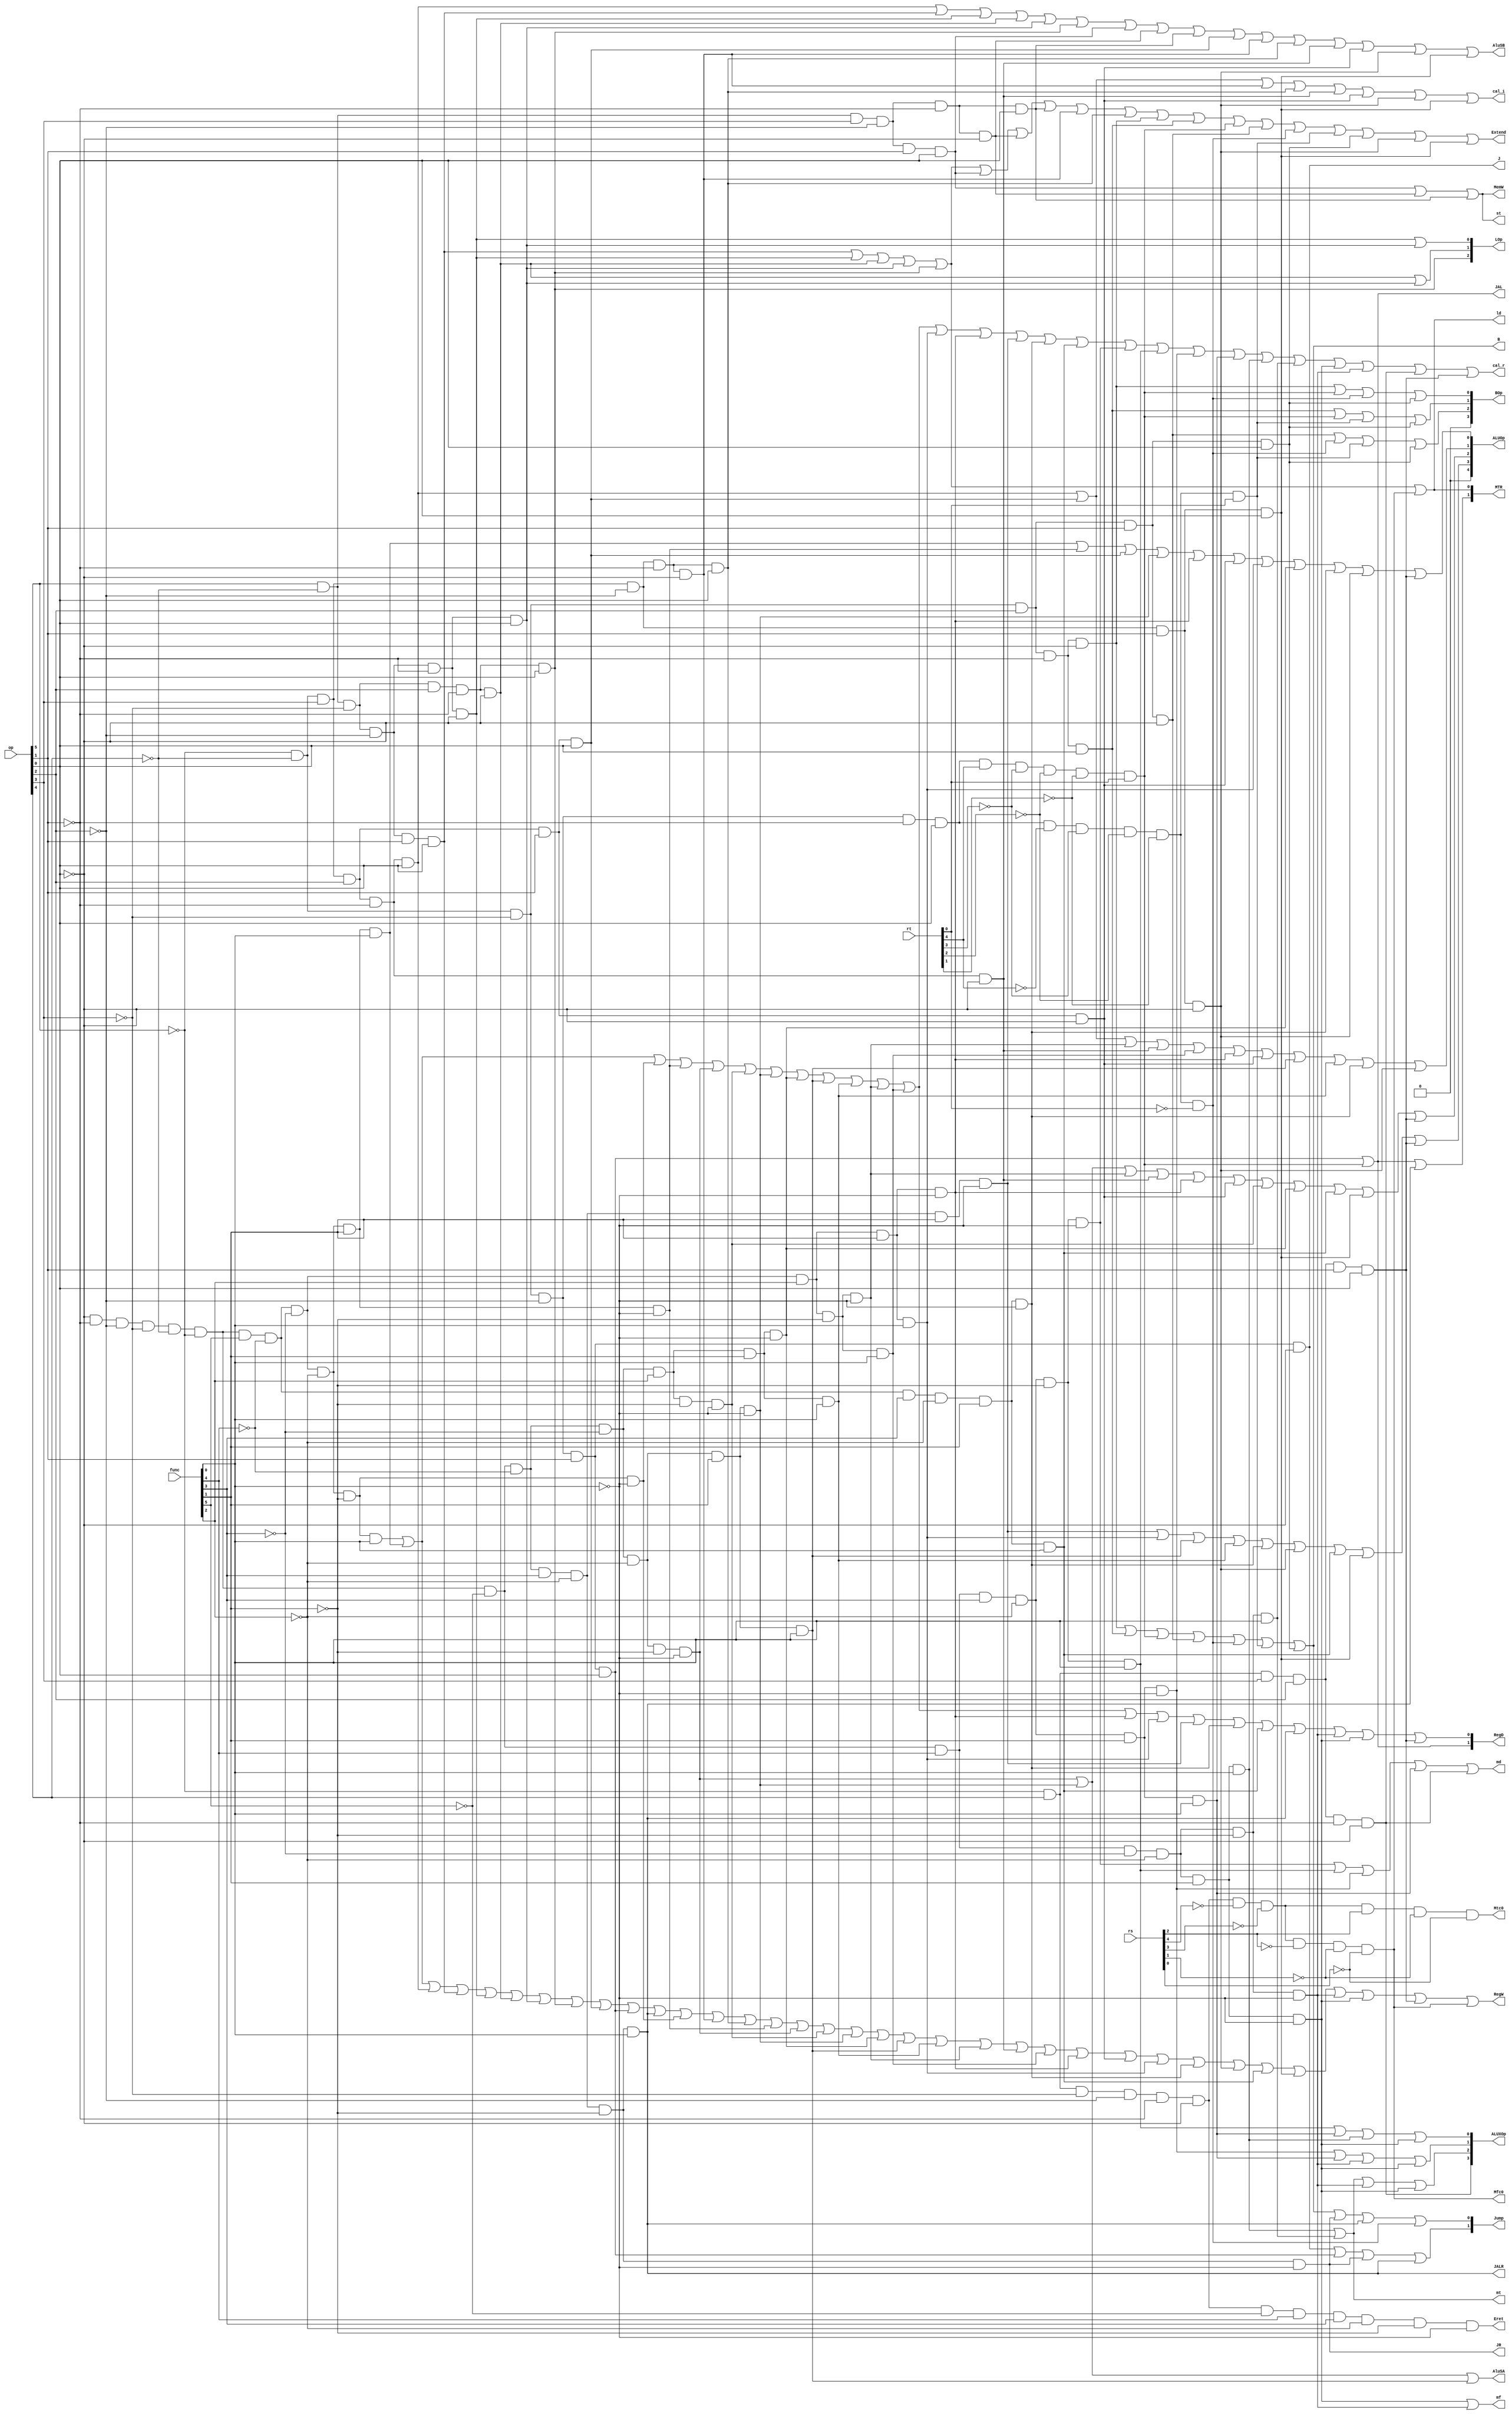
`timescale 1ns / 1ps
//////////////////////////////////////////////////////////////////////////////////
// Company: 
// Engineer: 
// 
// Design Name: 
// Module Name:    controller 
// Project Name: 
// Target Devices: 
// Tool versions: 
// Description: 
//
// Dependencies: 
//
// Revision: 
// Revision 0.01 - File Created
// Additional Comments: 
//
//////////////////////////////////////////////////////////////////////////////////
module controller(
    input [5:0] op,
	 input [4:0] rs,
	 input [4:0] rt,
    input [5:0] func,
    output [1:0] RegD,
	 output AluSA,
    output AluSB,
    output [1:0] MTR,
    output RegW,
    output MemW,
    output [1:0] Jump,
	 output Extend,
    output [4:0] ALUOp,
	 output [3:0] ALUXOp,
	 output [3:0] BOp,
	 output [2:0] LOp,
	 output cal_r,
	 output cal_i,
	 output B,
	 output ld,
	 output st,
	 output md,
	 output mf,
	 output mt,
	 output Mfc0,
	 output Mtc0,
	 output Eret,
	 output J,
	 output JAL,
	 output JALR,
	 output JR
    );
	 
	 wire addu,subu,lui,add,addiu,sub,sll,srl,sra,sllv,srlv,srav,And,Or,Xor,Nor,movz,slt,sltu,seb;
	 wire ori,addi,andi,xori,slti,sltiu;
	 wire sw,sb,sh,lw,lb,lbu,lh,lhu;
	 wire beq,bne,bgezal,blez,bltz,bgtz,bgez,j,jal,jalr,jr;
	 wire mult,multu,div,divu,mfhi,mflo,mthi,mtlo,madd;
	 wire mfc0,mtc0,eret;
	 
	 assign addu=~op[0]&~op[1]&~op[2]&~op[3]&~op[4]&~op[5]&func[5]&~func[4]&~func[3]&~func[2]&~func[1]&func[0];
	 assign add=~op[0]&~op[1]&~op[2]&~op[3]&~op[4]&~op[5]&func[5]&~func[4]&~func[3]&~func[2]&~func[1]&~func[0];
	 
	 assign subu=~op[0]&~op[1]&~op[2]&~op[3]&~op[4]&~op[5]&func[5]&~func[4]&~func[3]&~func[2]&func[1]&func[0];
	 assign sub=~op[0]&~op[1]&~op[2]&~op[3]&~op[4]&~op[5]&func[5]&~func[4]&~func[3]&~func[2]&func[1]&~func[0];
	 
	 assign addi=~op[5]&~op[4]&op[3]&~op[2]&~op[1]&~op[0];
	 assign addiu=~op[5]&~op[4]&op[3]&~op[2]&~op[1]&op[0];
	 
	 assign And=~op[0]&~op[1]&~op[2]&~op[3]&~op[4]&~op[5]&func[5]&~func[4]&~func[3]&func[2]&~func[1]&~func[0];
	 assign andi=~op[5]&~op[4]&op[3]&op[2]&~op[1]&~op[0];
	 
	 assign Or=~op[0]&~op[1]&~op[2]&~op[3]&~op[4]&~op[5]&func[5]&~func[4]&~func[3]&func[2]&~func[1]&func[0];
	 assign ori=~op[5]&~op[4]&op[3]&op[2]&~op[1]&op[0];

	 assign Xor=~op[0]&~op[1]&~op[2]&~op[3]&~op[4]&~op[5]&func[5]&~func[4]&~func[3]&func[2]&func[1]&~func[0];
	 assign xori=~op[5]&~op[4]&op[3]&op[2]&op[1]&~op[0];
	 
	 assign Nor=~op[0]&~op[1]&~op[2]&~op[3]&~op[4]&~op[5]&func[5]&~func[4]&~func[3]&func[2]&func[1]&func[0];
	 
	 assign sll=~op[0]&~op[1]&~op[2]&~op[3]&~op[4]&~op[5]&~func[5]&~func[4]&~func[3]&~func[2]&~func[1]&~func[0];
	 assign sllv=~op[0]&~op[1]&~op[2]&~op[3]&~op[4]&~op[5]&~func[5]&~func[4]&~func[3]&func[2]&~func[1]&~func[0];
	 
	 assign srl=~op[0]&~op[1]&~op[2]&~op[3]&~op[4]&~op[5]&~func[5]&~func[4]&~func[3]&~func[2]&func[1]&~func[0];
	 assign srlv=~op[0]&~op[1]&~op[2]&~op[3]&~op[4]&~op[5]&~func[5]&~func[4]&~func[3]&func[2]&func[1]&~func[0];
	 
	 assign sra=~op[0]&~op[1]&~op[2]&~op[3]&~op[4]&~op[5]&~func[5]&~func[4]&~func[3]&~func[2]&func[1]&func[0];
	 assign srav=~op[0]&~op[1]&~op[2]&~op[3]&~op[4]&~op[5]&~func[5]&~func[4]&~func[3]&func[2]&func[1]&func[0];
	 
	 assign slt=~op[0]&~op[1]&~op[2]&~op[3]&~op[4]&~op[5]&func[5]&~func[4]&func[3]&~func[2]&func[1]&~func[0];
	 assign slti=~op[5]&~op[4]&op[3]&~op[2]&op[1]&~op[0];
	 
	 assign sltu=~op[0]&~op[1]&~op[2]&~op[3]&~op[4]&~op[5]&func[5]&~func[4]&func[3]&~func[2]&func[1]&func[0];
	 assign sltiu=~op[5]&~op[4]&op[3]&~op[2]&op[1]&op[0];
	 
	 assign movz=~op[0]&~op[1]&~op[2]&~op[3]&~op[4]&~op[5]&~func[5]&~func[4]&func[3]&~func[2]&func[1]&~func[0];
	 
	 assign seb=~op[5]&op[4]&op[3]&op[2]&op[1]&op[0];
	 	 
	 assign lw=op[5]&~op[4]&~op[3]&~op[2]&op[1]&op[0];
	 assign lb=op[5]&~op[4]&~op[3]&~op[2]&~op[1]&~op[0];
	 assign lbu=op[5]&~op[4]&~op[3]&op[2]&~op[1]&~op[0];
	 assign lh=op[5]&~op[4]&~op[3]&~op[2]&~op[1]&op[0];
	 assign lhu=op[5]&~op[4]&~op[3]&op[2]&~op[1]&op[0];
	 
	 assign sw=op[5]&~op[4]&op[3]&~op[2]&op[1]&op[0];
	 assign sb=op[5]&~op[4]&op[3]&~op[2]&~op[1]&~op[0];
	 assign sh=op[5]&~op[4]&op[3]&~op[2]&~op[1]&op[0];
	 
	 assign beq=~op[5]&~op[4]&~op[3]&op[2]&~op[1]&~op[0];
	 assign bne=~op[5]&~op[4]&~op[3]&op[2]&~op[1]&op[0];
	 assign blez=~op[5]&~op[4]&~op[3]&op[2]&op[1]&~op[0];
	 assign bltz=~op[5]&~op[4]&~op[3]&~op[2]&~op[1]&op[0]&~rt[4]&~rt[3]&~rt[2]&~rt[1]&~rt[0];
	 assign bgez=~op[5]&~op[4]&~op[3]&~op[2]&~op[1]&op[0]&~rt[4]&~rt[3]&~rt[2]&~rt[1]&rt[0];
	 assign bgtz=~op[5]&~op[4]&~op[3]&op[2]&op[1]&op[0];
	 assign bgezal=~op[5]&~op[4]&~op[3]&~op[2]&~op[1]&op[0]&rt[4]&~rt[3]&~rt[2]&~rt[1]&rt[0];
	 
	 assign lui=~op[5]&~op[4]&op[3]&op[2]&op[1]&op[0];
	 
	 assign j=~op[5]&~op[4]&~op[3]&~op[2]&op[1]&~op[0];
	 assign jal=~op[5]&~op[4]&~op[3]&~op[2]&op[1]&op[0];
	 assign jr=~op[0]&~op[1]&~op[2]&~op[3]&~op[4]&~op[5]&~func[5]&~func[4]&func[3]&~func[2]&~func[1]&~func[0];
	 assign jalr=~op[0]&~op[1]&~op[2]&~op[3]&~op[4]&~op[5]&~func[5]&~func[4]&func[3]&~func[2]&~func[1]&func[0];
	 
	 assign mult=~op[0]&~op[1]&~op[2]&~op[3]&~op[4]&~op[5]&~func[5]&func[4]&func[3]&~func[2]&~func[1]&~func[0];
	 assign multu=~op[0]&~op[1]&~op[2]&~op[3]&~op[4]&~op[5]&~func[5]&func[4]&func[3]&~func[2]&~func[1]&func[0];
	 assign div=~op[0]&~op[1]&~op[2]&~op[3]&~op[4]&~op[5]&~func[5]&func[4]&func[3]&~func[2]&func[1]&~func[0];
	 assign divu=~op[0]&~op[1]&~op[2]&~op[3]&~op[4]&~op[5]&~func[5]&func[4]&func[3]&~func[2]&func[1]&func[0];
	 assign mfhi=~op[0]&~op[1]&~op[2]&~op[3]&~op[4]&~op[5]&~func[5]&func[4]&~func[3]&~func[2]&~func[1]&~func[0];
	 assign mflo=~op[0]&~op[1]&~op[2]&~op[3]&~op[4]&~op[5]&~func[5]&func[4]&~func[3]&~func[2]&func[1]&~func[0];
	 assign mthi=~op[0]&~op[1]&~op[2]&~op[3]&~op[4]&~op[5]&~func[5]&func[4]&~func[3]&~func[2]&~func[1]&func[0];
	 assign mtlo=~op[0]&~op[1]&~op[2]&~op[3]&~op[4]&~op[5]&~func[5]&func[4]&~func[3]&~func[2]&func[1]&func[0];
	 assign madd=~op[5]&op[4]&op[3]&op[2]&~op[1]&~op[0];
	 
	 assign eret=~op[5]&op[4]&~op[3]&~op[2]&~op[1]&~op[0]&~func[5]&func[4]&func[3]&~func[2]&~func[1]&~func[0];
	 assign mfc0=~op[5]&op[4]&~op[3]&~op[2]&~op[1]&~op[0]&~rs[4]&~rs[3]&~rs[2]&~rs[1]&~rs[0];
	 assign mtc0=~op[5]&op[4]&~op[3]&~op[2]&~op[1]&~op[0]&~rs[4]&~rs[3]&rs[2]&~rs[1]&~rs[0];
	 
	 
	 assign RegD[0]=addu|subu|add|sub|sll|sllv|srl|srlv|sra|srav|And|Or|Xor|Nor|movz|slt|sltu|jalr|mfhi|mflo|seb;   // 00-rt 01-rd 10-31
	 assign RegD[1]=jal|bgezal;
	 assign RegW=addu|subu|ori|lw|lb|lbu|lh|lhu|lui|jal|jalr|add|addi|addiu|sub|sll|sllv|srl|srlv|sra|srav|And|andi|Or|Xor|xori|Nor|
	             slt|slti|sltu|sltiu|mfhi|mflo|seb|mfc0;
	 
	 assign MemW=sw|sb|sh;
	 assign AluSA=sll|srl|sra;
	 assign AluSB=ori|lw|lb|lbu|lh|lhu|sw|sb|sh|lui|addi|addiu|andi|xori|slti|sltiu;
	 assign Extend=lw|lb|lbu|lh|lhu|sw|sb|sh|addi|addiu|beq|bne|bgezal|blez|bltz|bgez|bgtz|slti|sltiu;
	 assign MTR[0]=lw|lb|lbu|lh|lhu|mfc0;
	 assign MTR[1]=jal|bgezal|jalr;
	 assign Jump[0]=beq|bne|bgezal|blez|bltz|bgez|bgtz|jr|jalr|bltz;
	 assign Jump[1]=j|jal|jr|jalr;
	 assign ALUOp[0]=subu|sub|lui|srl|Xor|xori|Nor|srlv|slt|slti|seb;
	 assign ALUOp[1]=ori|lui|And|andi|Or|Xor|xori|sra|srav|slt|slti;
	 assign ALUOp[2]=sll|srl|And|andi|Xor|xori|sllv|srlv|sltu|sltiu|seb;
	 assign ALUOp[3]=movz|Nor|sra|srav|slt|slti|sltu|sltiu|seb;
	 assign ALUOp[4]=0;
	 assign md=mult|multu|div|divu|madd;
	 assign mt=mtlo|mthi;
	 assign mf=mflo|mfhi;
	 assign ALUXOp[0]=multu|divu|mtlo|mflo;   //000-mult 001-multu 010-div 011-divu 100-mthi 101-mtlo 110-mfhi 111-mflo
	 assign ALUXOp[1]=div|divu|mfhi|mflo;
	 assign ALUXOp[2]=mthi|mtlo|mfhi|mflo;
	 assign ALUXOp[3]=madd;
	 assign BOp[0]=beq|bgezal|bltz|bgtz;    //BOp: 0001-beq 0010-bne 0011-bgezal  0100-blez 0101-bltz 0110-bgez 0111-bgtz
	 assign BOp[1]=bne|bgezal|bgez|bgtz;
	 assign BOp[2]=blez|bltz|bgez|bgtz;
	 assign BOp[3]=0;
	 assign LOp[0]=lb|lh;       //000-lw 001-lb 010-lbu 011-lh 100-lhu
	 assign LOp[1]=lbu|lh;
	 assign LOp[2]=lhu;
	 assign cal_r=addu|subu|add|sub|sll|sllv|srl|srlv|sra|srav|And|Or|Nor|Xor|
	              movz|slt|sltu|mult|multu|div|divu|mtlo|mthi|mflo|mfhi|madd|seb;
	 assign cal_i=ori|lui|addi|addiu|andi|xori|slti|sltiu;
	 assign ld=lw|lb|lbu|lh|lhu|mfc0;
	 assign st=sw|sb|sh;
	 assign B=beq|bne|bgezal|blez|bltz|bgez|bgtz;
	 assign J=j;
	 assign JAL=jal|bgezal;
	 assign JR=jr;
	 assign JALR=jalr;
	 assign Mfc0=mfc0;
	 assign Mtc0=mtc0;
	 assign Eret=eret;
	 
endmodule